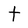
Character: t